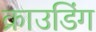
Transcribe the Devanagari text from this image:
क्राउडिंग